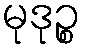
မုဒုဉ္စ